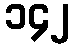
၁၄၂